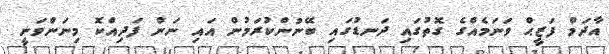
އާދަމް ފަޒީޙް ވަނަމެއްގެ ގޮތުގައި ދަނޑުގައި ބޭނުންކުރަމުން އައި ނަން ފަދިއްކޮ މިނަންވަނީ